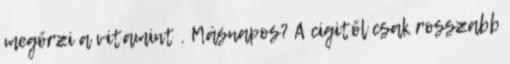
megőrzi a vitamint . Másnapos? A cigitől csak rosszabb